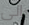
إلى